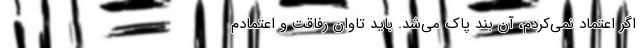
اگر اعتماد نمی‌کردم، آن بند پاک می‌شد. باید تاوان رفاقت و اعتمادم